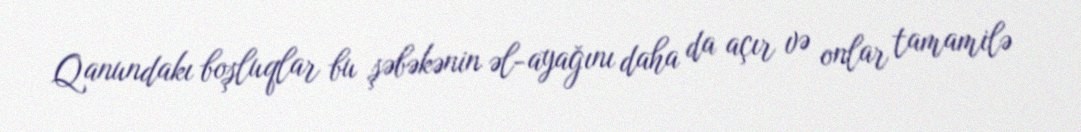
Qanundakı boşluqlar bu şəbəkənin əl-ayağını daha da açır və onlar tamamilə